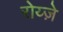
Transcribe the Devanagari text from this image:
रोय्ज़े